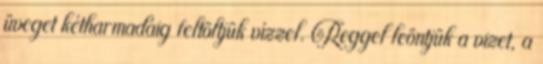
üveget kétharmadáig feltöltjük vízzel. Reggel leöntjük a vizet, a